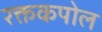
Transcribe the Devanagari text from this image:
रक्तकपोल